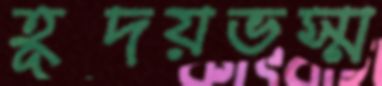
হূদয়ভস্ম